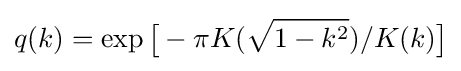
q(k)=\exp {\big [}-\pi K({\sqrt {1-k^{2}}})/K(k){\big ]}